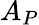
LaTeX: A_{P}